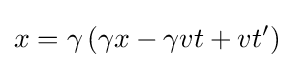
x=\gamma \left(\gamma x-\gamma vt+vt'\right)